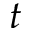
t